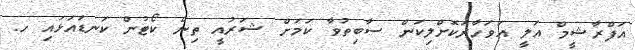
އަފްރާޝީމް އަލީ އަވަހާރަކޮށްލިކަން ސާބިތުވާ ކަމަށް ޝަރުއީ ތިން ކޯޓުން ކަނޑައަޅައި ހ.